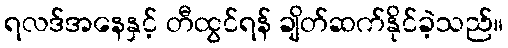
ရလဒ်အနေနှင့် တီထွင်ရန် ချိတ်ဆက်နိုင်ခဲ့သည်။